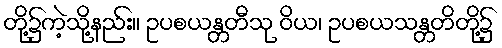
တို့၌ကဲ့သို့နည်း။ ဥပစယန္တတီသု ဝိယ၊ ဥပစယသန္တတိတို့၌